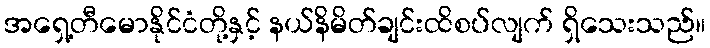
အရှေ့တီမောနိုင်ငံတို့နှင့် နယ်နိမိတ်ချင်းထိစပ်လျက် ရှိသေးသည်။